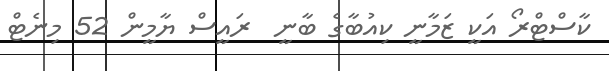
ކާސްޓްރޯ އަކީ ޒަމާނީ ކިއުބާގެ ބާނީ  ރައީސް ޔާމީން 52 މިނެޓް